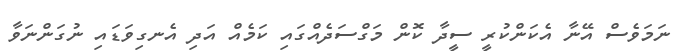
ނަމަވެސް އޭނާ އެކަންކުރީ ސީދާ ކޮން މަގްސަދެއްގައި ކަމެއް އަދި އެނގިވަޑައި ނުގަންނަވާ